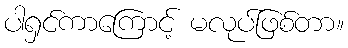
ပါရှင်ကာကြောင့် မလုပ်ဖြစ်တာ။